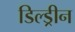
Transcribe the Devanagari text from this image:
डिल्ड्रीन